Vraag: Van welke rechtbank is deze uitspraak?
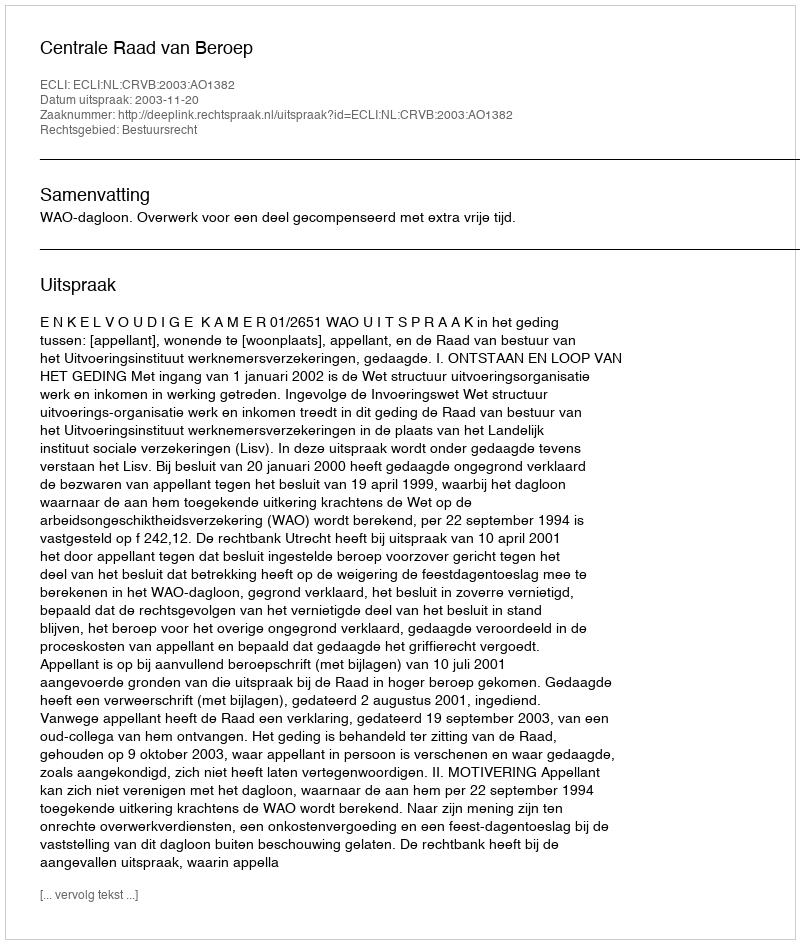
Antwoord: Centrale Raad van Beroep